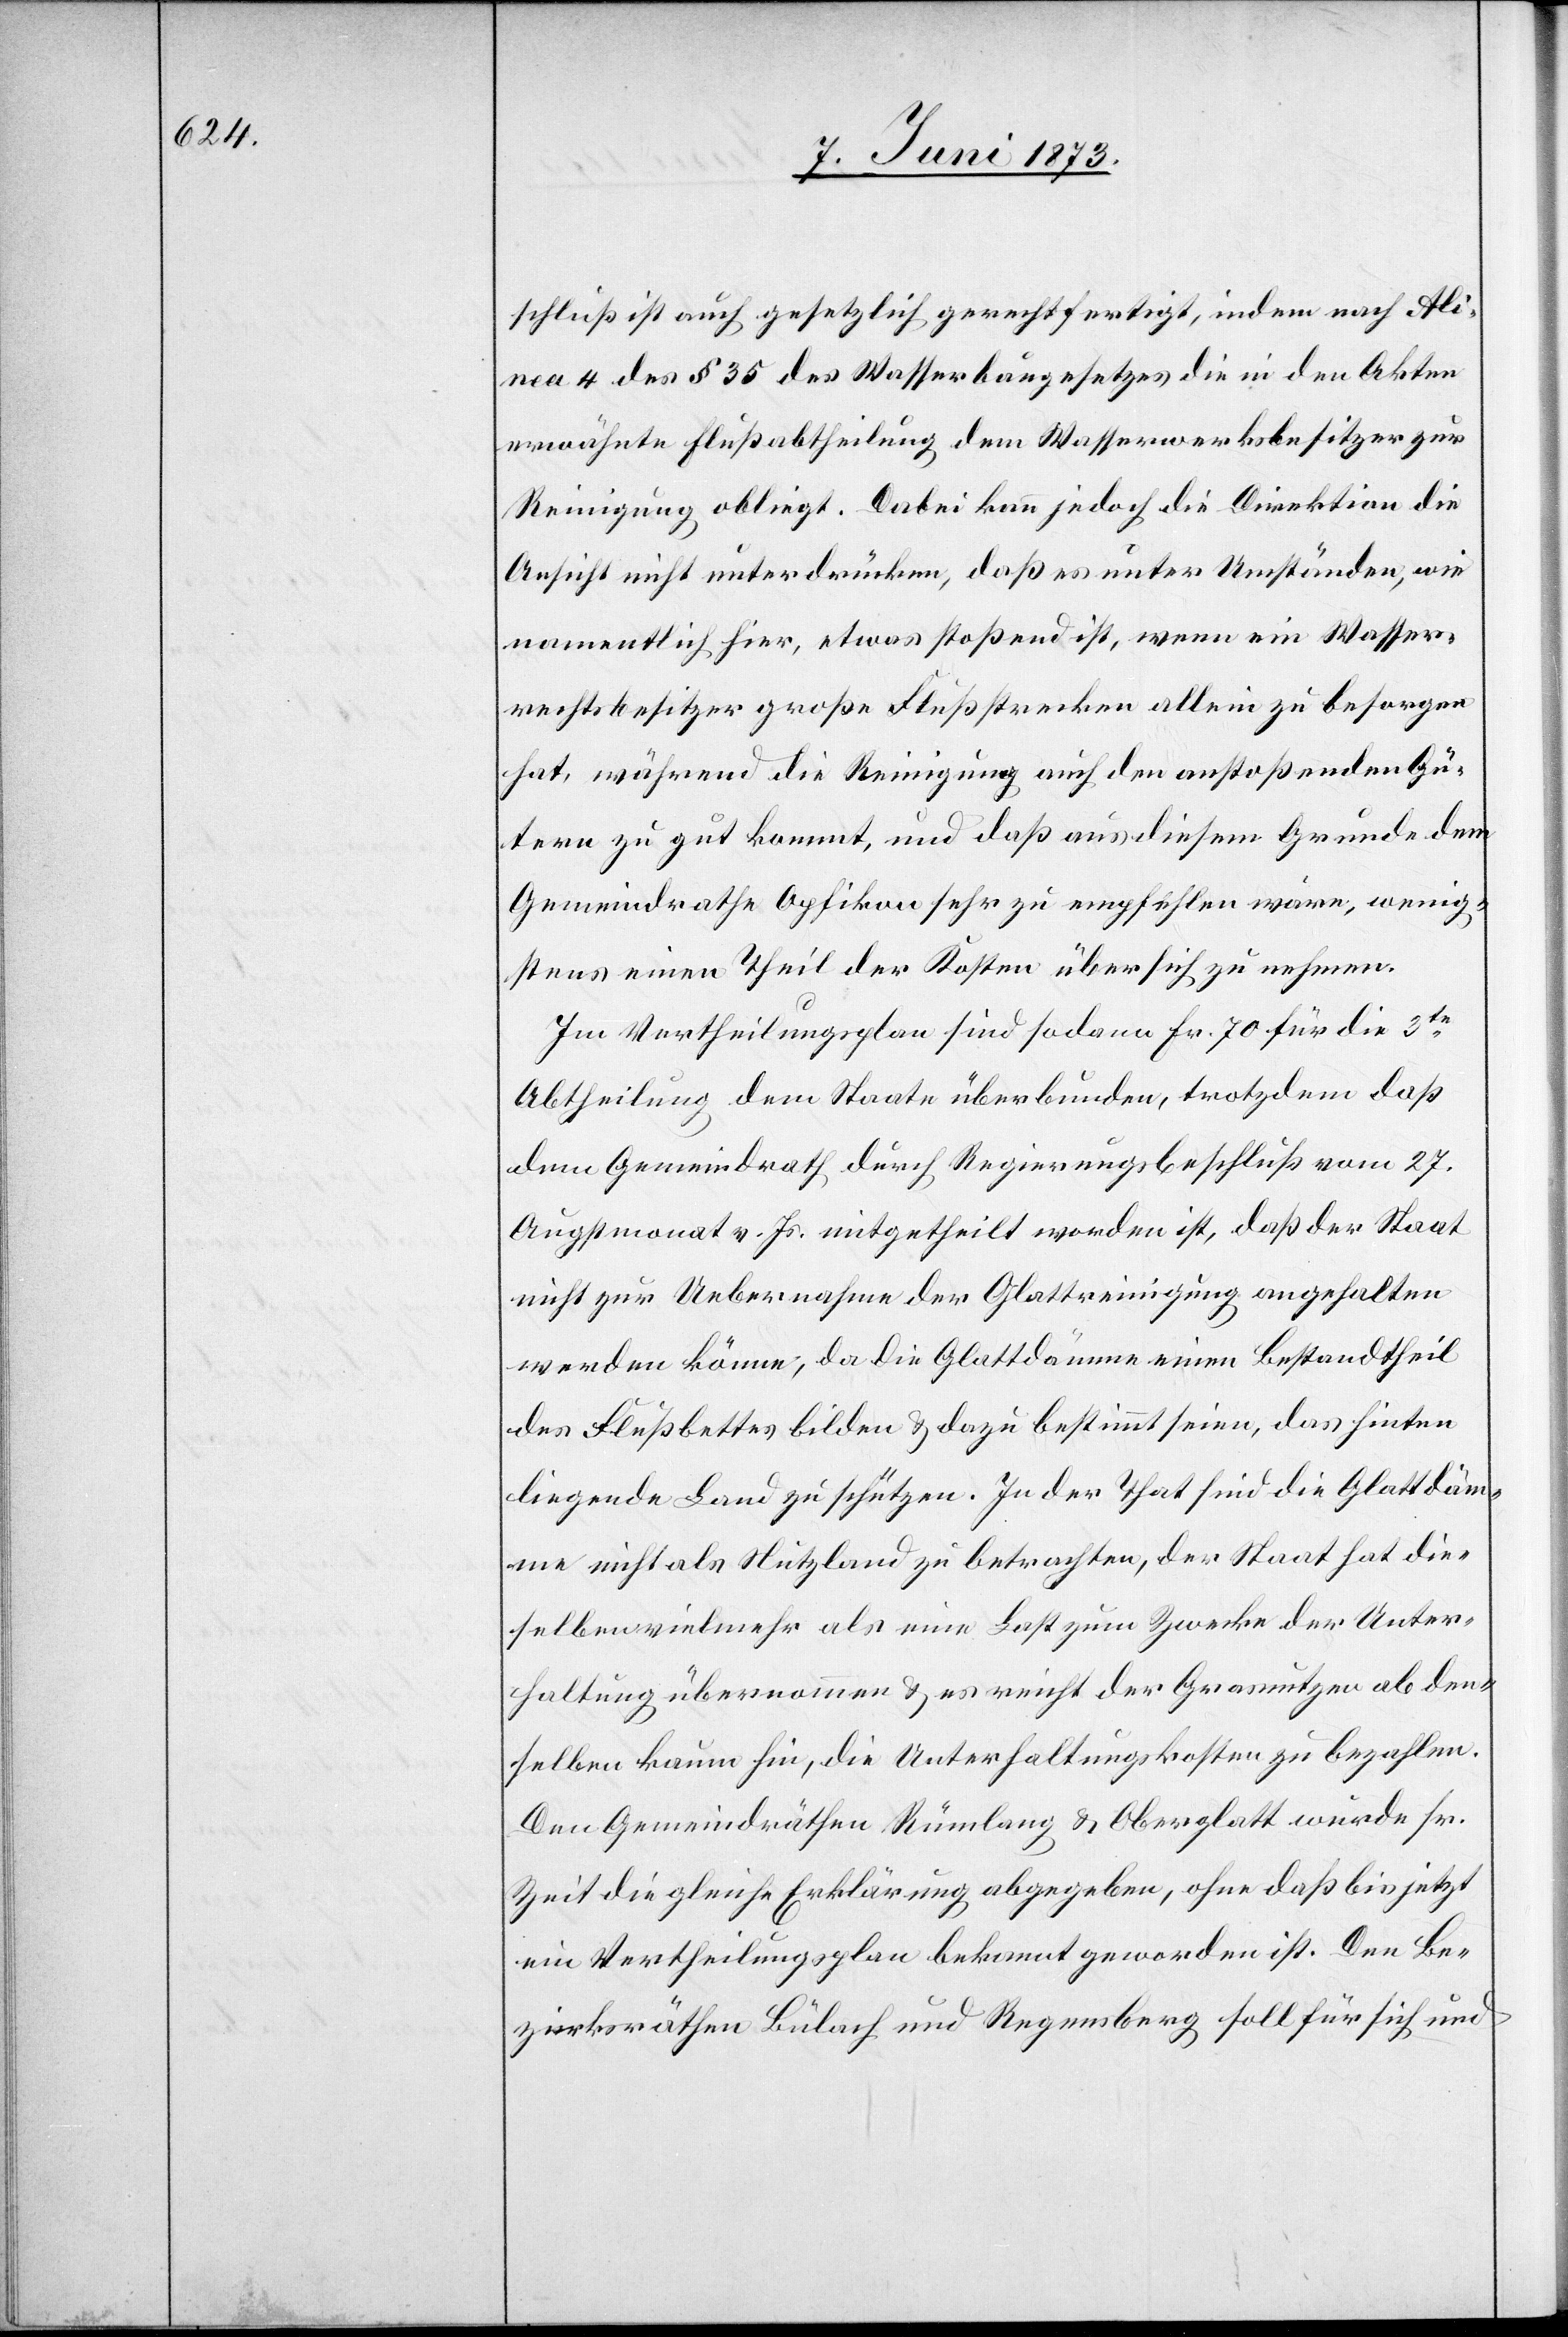
schluß ist auch gesetzlich gerechtfertigt, indem nach Ali¬
nea 4 des § 35 des Wasserbaugesetzes die in den Akten
erwähnte Flußabtheilung dem Wasserwerksbesitzer zur
Reinigung obliegt. Dabei kann jedoch die Direktion die
Ansicht nicht unterdrücken, daß es unter Umständen, wie
namentlich hier, etwas stoßend ist, wenn ein Wasser¬
rechtsbesitzer große Flußstrecken allein zu besorgen
hat, während die Reinigung auch den anstoßenden Gü¬
tern zu gut kommt, und daß aus diesem Grunde dem
Gemeindrathe Opfikon sehr zu empfehlen wäre, wenig¬
stens einen Theil der Kosten über sich zu nehmen.
Im Vertheilungsplan sind sodann Fr. 70 für die 3te
Abtheilung dem Staate überbunden, trotzdem daß
dem Gemeindrath durch Regierungsbeschluß vom 27.
Augstmonat v. Js. mitgetheilt worden ist, daß der Staat
nicht zur Uebernahme der Glattreinigung angehalten
werden könne, da die Glattdämme einen Bestandtheil
des Flußbettes bilden & dazu bestimmt seien, das hinten
liegende Land zu schützen. In der That sind die Glattdäm¬
me nicht als Nutzland zu betrachten, der Staat hat die¬
selben vielmehr als eine Last zum Zwecke der Unter¬
haltung übernommen & es reicht der Grasnutzen ab den¬
selben kaum hin, die Unterhaltungskosten zu bezahlen.
Den Gemeindräthen Rümlang & Oberglatt wurde sr.
Zeit gleiche Erklärung abgegeben, ohne daß bis jetzt
ein Vertheilungsplan bekannt geworden ist. Den Be¬
zirksräthen Bülach und Regensberg soll für sich und